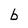
Character: b